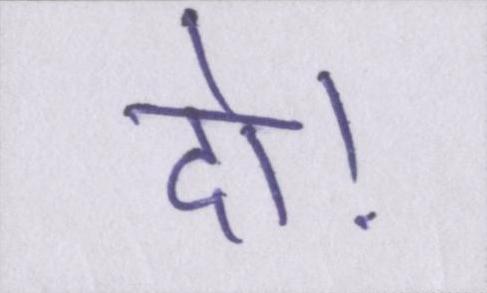
दो।